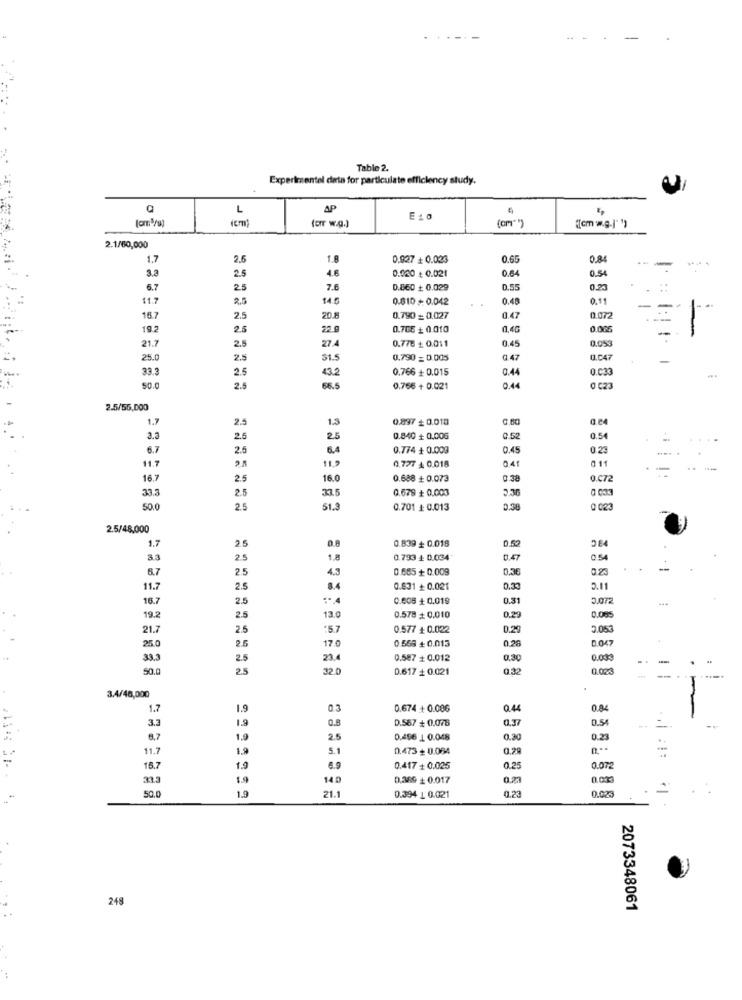
Table 2.
Experimentel data for particulate efficiency study.
L
AP
E 10
(or w.g.)
(cm"")
"[cm .g.]" ")
2.1/60,000
1.7
2.6
0.927 + 0.023
0.65
0.80
3.3
2.5
0.020 + 0.021
0.64
0.54
4.8
6.7
2.5
7.6
0.860 + 0.029
0.55
0.21
11.7
2.5
14.5
0.610 + 0.042
0.48
0,19
16.7
2.5
20.8
0.790 = 0,027
0.47
0.072
19.2
2.5
22.9
0.705 + 0.010
0,46
0.006
2.5
0.776 + 0.011
0.053
21.7
27.4
0.45
25.0
2.5
31.5
0.790 = 0.005
0.47
O.C47
33.3
2.5
0.766 + 0.015
0.44
0.033
43.2
50.0
2.5
68.5
0.766 + 0.021
0.44
0 C23
2.5/55,000
1.7
2.5
1.3
0.897 + 0.018
0.60
a.64
3.a
2.5
25
0.840 + 0.006
0.52
0.54
6.7
2.5
6.4
0.774 + 0.009
0.45
0.23
041
011
11.7
0.727 4 0.018
16,7
2.5
16.0
0.688 + 0.073
0.38
Q.C72
33.3
2.5
0.679 + 0.003
2.36
33.5
50.0
2.5
51.3
0.701 + 0.013
0.38
2.5/48,000
1.7
0.839 + 0.018
0.52
25
0.8
3.3
2.5
1.8
0.793 + 0.034
0.47
0.54
8.7
2.5
0.685 + 0.009
0,36
0.23
11.7
2.5
8.4
0.631 + 0.021
0,33
0.11
16.7
2.5
0.005 + 0.019
0.31
19.2
2.5
13.0
0.578 + 0.010
0.29
0.08
21.7
2.5
:5.7
0.577 + 0.022
0.25
3.053
2.5
17.0
0 559 + 0.013
0.28
0.047
25.0
33.3
2.5
23.4
0.587 + 0.012
0.30
0.03
50.0
2.5
32.0
0.617 + 0.021
0.32
0.02
3.4/40,000
1.7
1.9
0.3
0.674 + 0.006
0.44
0.84
19
0.8
D.567 + 0.076
0,37
0.54
3.3
8.7
1.9
2.5
0.496 1 0.048
0,20
0.23
11.7
1.9
5.1
0.473 + 0.064
0.29
16.7
1.9
6.9
0.417 + 0.025
0.25
0.072
1.9
140
0,369 + 0.017
0.03
1.9
21.1
0.23
0.025
=
.*
50.
0.394 1 0.021
248
2073348061